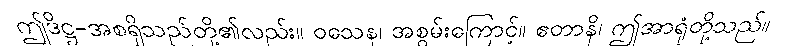
ဤဒိဋ္ဌ-အစရှိသည်တို့၏လည်း။ ဝသေန၊ အစွမ်းကြောင့်။ ဧတာနိ၊ ဤအာရုံတို့သည်။